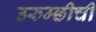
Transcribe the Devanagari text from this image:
उरुम्छीची